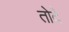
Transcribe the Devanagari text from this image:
तोदे